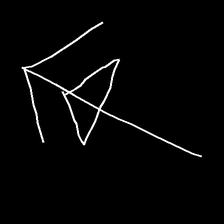
Glyph: pull